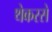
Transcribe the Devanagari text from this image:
थेकरसे